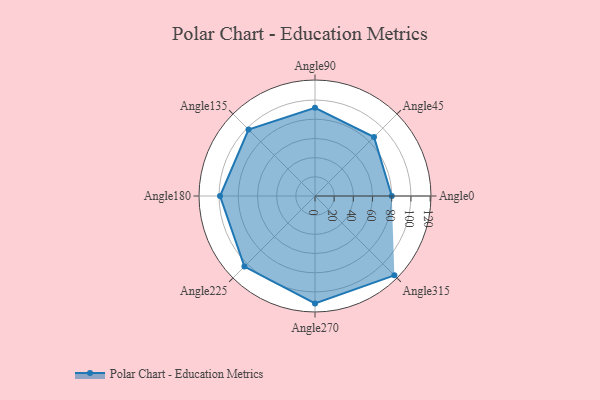
{"axis": {"x": "Angle", "y": "Radius"}, "legend": [""], "data": [{"x": "Angle0", "y": 80.0, "type": ""}, {"x": "Angle45", "y": 87.0, "type": ""}, {"x": "Angle90", "y": 92.0, "type": ""}, {"x": "Angle135", "y": 98.0, "type": ""}, {"x": "Angle180", "y": 99.0, "type": ""}, {"x": "Angle225", "y": 104.0, "type": ""}, {"x": "Angle270", "y": 112.0, "type": ""}, {"x": "Angle315", "y": 117.0, "type": ""}]}